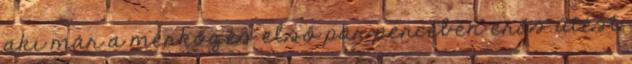
aki már a mérkőzés első pár percében erős ütést